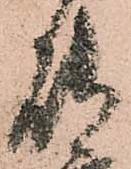
能